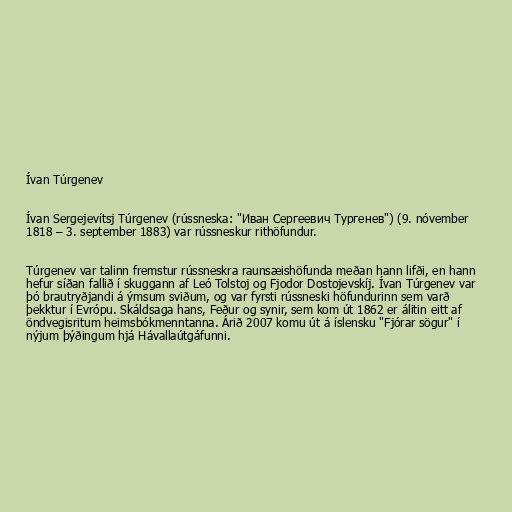
Ívan Túrgenev

Ívan Sergejevítsj Túrgenev (rússneska: "Иван Сергеевич Тургенев") (9. nóvember
1818 – 3. september 1883) var rússneskur rithöfundur.

Túrgenev var talinn fremstur rússneskra raunsæishöfunda meðan hann lifði, en hann
hefur síðan fallið í skuggann af Leó Tolstoj og Fjodor Dostojevskíj. Ívan Túrgenev var
þó brautryðjandi á ýmsum sviðum, og var fyrsti rússneski höfundurinn sem varð
þekktur í Evrópu. Skáldsaga hans, Feður og synir, sem kom út 1862 er álitin eitt af
öndvegisritum heimsbókmenntanna. Árið 2007 komu út á íslensku "Fjórar sögur" í
nýjum þýðingum hjá Hávallaútgáfunni.